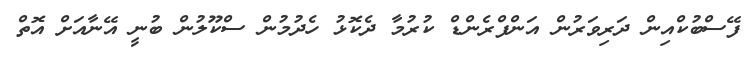
ފޭސްބުކްއިން ދަރިވަރުން އަންފްރެންޑް ކުރުމާ ދެކޮޅު ހެދުމުން ސްކޫލުން ބުނީ އޭނާއަށް އޮތް